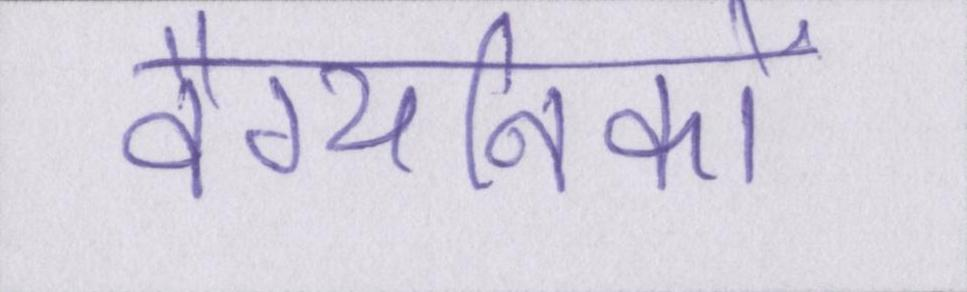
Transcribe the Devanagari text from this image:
वैग्यनिको